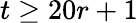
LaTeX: t\geq 20r+1